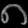
Digit: ၈